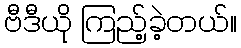
ဗီဒီယို ကြည့်ခဲ့တယ်။